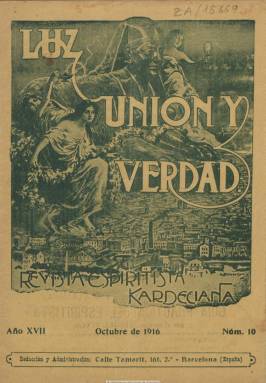
Título: Luz, unión y verdad
Colección: Espiritismo
Ámbito geográfico: Barcelona
Lugar de publicación: Barcelona
Fechas: 01/10/1916-31/03/1919

Es continuación de la revista Luz y unión , que se había publicado entre 1900 y 1914, como órgano oficial de la Unión Espiritista Kardeciana de Cataluña. Continúa su secuencia, aunque cada año inicia nueva numeración y paginación, siendo esta continuada. Sus entregas son mensuales, con cubierta, en donde estampa un grabado con tres figuras femeninas y otra masculina sobre una ciudad fabril, que puede ser Barcelona. En la cabecera aparece un retrato del pedagogo francés Allan Kardec (1804-1859), fundador de este movimiento. Su subtítulo es: “revista espiritista kardecina”.

Inserta artículos y otros textos de divulgación doctrinal y de las actividades de las asociaciones espiritistas, bibliografía, revista de revistas, así como noticias. Entre las firmas de sus textos aparecen las de J. Blanco Coris, María Solá, B. Rodríguez, José María Roldán, C. Vázquez Ambrós, y desde París, la de M. Leblanc. Cuenta  con corresponsales administrativos en las ciudades de Palamós, Zaragoza, Tánger, Gibraltar y otras capitales iberoamericanas y de Estados Unidos. Aparece como su administrador Santiago Durán.

Según Oscar García Rodríguez (2006), en 1917 se fusiona con la revista Los albores de la verdad, que desde 1904 había dirigido Jacinto Esteve Marata.

La colección de la Biblioteca Nacional de España comprende sólo siete números correspondientes a los años 1916 a 1919, por lo que está incompleta. En el número doble 3-4, de marzo-abril de 1919, anuncia que suspende temporalmente su publicación por cuestiones económicas, y que si estas no se resuelven en este tiempo dejará de editarse, lo que probablemente sucediera.